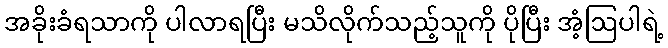
အခိုးခံရသာကို ပါလာရပြီး မသိလိုက်သည့်သူကို ပိုပြီး အံ့ဩပါရဲ့